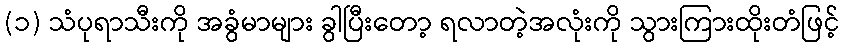
(၁) သံပုရာသီးကို အခွံမာများ ခွါပြီးတော့ ရလာတဲ့အလုံးကို သွားကြားထိုးတံဖြင့်